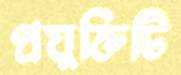
প্রযুক্তিটি